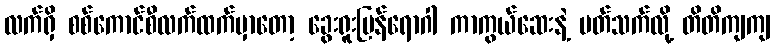
လက်ရှိ စစ်ကောင်စီလက်ထက်မှာတော့ ခွေးရူးပြန်ရောဂါ ကာကွယ်ဆေးနဲ့ ပတ်သက်လို့ တိတိကျကျ